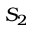
S _ { 2 }